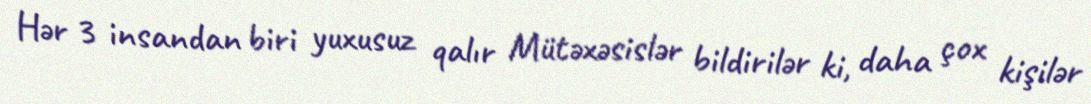
Hər 3 insandan biri yuxusuz qalır Mütəxəsislər bildirilər ki, daha çox kişilər